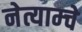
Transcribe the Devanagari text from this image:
नेत्याम्चे